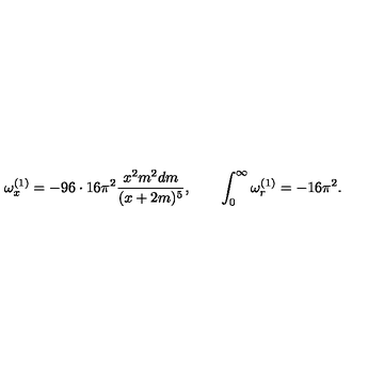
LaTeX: \omega _ { x } ^ { ( 1 ) } = - 9 6 \cdot 1 6 \pi ^ { 2 } { \frac { x ^ { 2 } m ^ { 2 } d m } { ( x + 2 m ) ^ { 5 } } } , \quad \quad \int _ { 0 } ^ { \infty } \omega _ { r } ^ { ( 1 ) } = - 1 6 \pi ^ { 2 } .